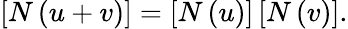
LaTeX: \left[N\left(u+v\right)\right]=\left[N\left(u\right)\right]\left[N\left(v\right)\right].